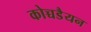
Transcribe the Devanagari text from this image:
कोच्चडैयन